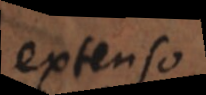
extenso